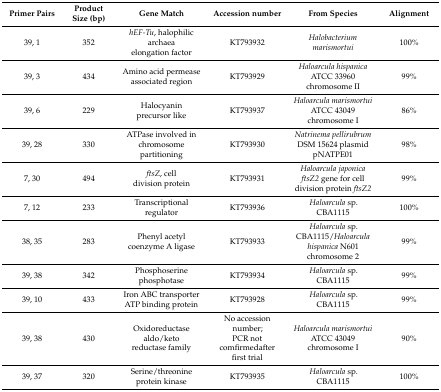
| Primer Pairs | Product Size (bp) | Gene Match | Accession number | From Species | Alignment |
 | --- | --- | --- | --- | --- | --- |
 | 39, 1 | 352 | hEF-Tu, halophilic archaea elongation factor | KT793932 | Halobacterium marismortui | 100% |
 | 39, 3 | 434 | Amino acid permease associated region | KT793929 | Haloarcula hispanica ATCC 33960 chromosome II | 99% |
 | 39, 6 | 229 | Halocyanin precursor like | KT793937 | Haloarcula marismortui ATCC 43049 chromosome I | 86% |
 | 39, 28 | 330 | ATPase involved in chromosome partitioning | KT793930 | Natrinema pellirubrum DSM 15624 plasmid pNATPE01 | 98% |
 | 7, 30 | 494 | ftsZ, cell division protein | KT793931 | Haloarcula japonica ftsZ2 gene for cell division protein ftsZ2 | 99% |
 | 7, 12 | 233 | Transcriptional regulator | KT793936 | Haloarcula sp. CBA1115 | 100% |
 | 38, 35 | 283 | Phenyl acetyl coenzyme A ligase | KT793933 | Haloarcula sp. CBA1115/Haloarcula hispanica N601 chromosome 2 | 99% |
 | 39, 38 | 342 | Phosphoserine phosphotase | KT793934 | Haloarcula sp. CBA1115 | 99% |
 | 39, 10 | 433 | Iron ABC transporter ATP binding protein | KT793928 | Haloarcula sp. CBA1115 | 99% |
 | 39, 38 | 430 | Oxidoreductase aldo/keto reductase family | No accession number;PCR not comfirmedafter first trial | Haloarcula marismortui ATCC 43049 chromosome I | 90% |
 | 39, 37 | 320 | Serine/threonine protein kinase | KT793935 | Haloarcula sp. CBA1115 | 100% |